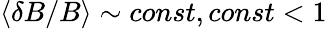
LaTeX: \langle\delta B/B\rangle\sim const,const<1